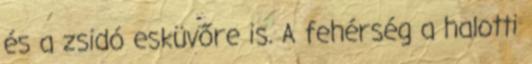
és a zsidó esküvőre is. A fehérség a halotti